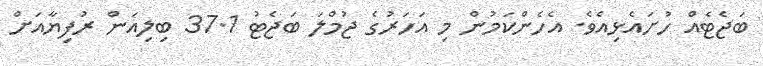
ބަޖެޓެއް ހުށައެޅިއެވެ. އެހެންކަމުން މި އަހަރުގެ ޖުމްލަ ބަޖެޓު 37.1 ބިލިއަން ރުފިޔާއަށް